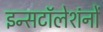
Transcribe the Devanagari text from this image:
इन्सटॉलेशंनों